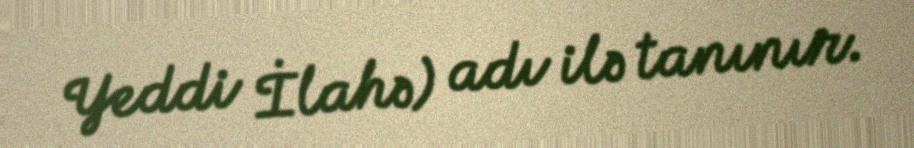
Yeddi İlahə) adı ilə tanınır.